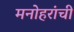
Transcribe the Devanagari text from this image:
मनोहरांची